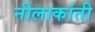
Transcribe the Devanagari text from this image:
नीलाकांती